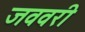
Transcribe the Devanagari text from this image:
जववरी